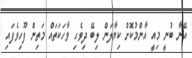
އޭނާ ބުނީ މިއީ އާންމުކޮށް ކިޔާލަން ލިބޭ ދިވެހި ވާހަކަތައް މަތިން ފޫހިވެފައި